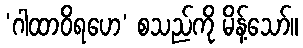
‘ဂါထာဝိရဟေ’ စသည်ကို မိန့်သော်။